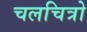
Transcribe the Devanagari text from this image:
चलचित्रो